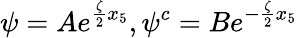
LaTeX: \psi=Ae^{\frac{\zeta}{2}x_{5}},\psi^{c}=Be^{-\frac{\zeta}{2}x_{5}}